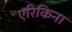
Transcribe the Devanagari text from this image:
एरिकिना